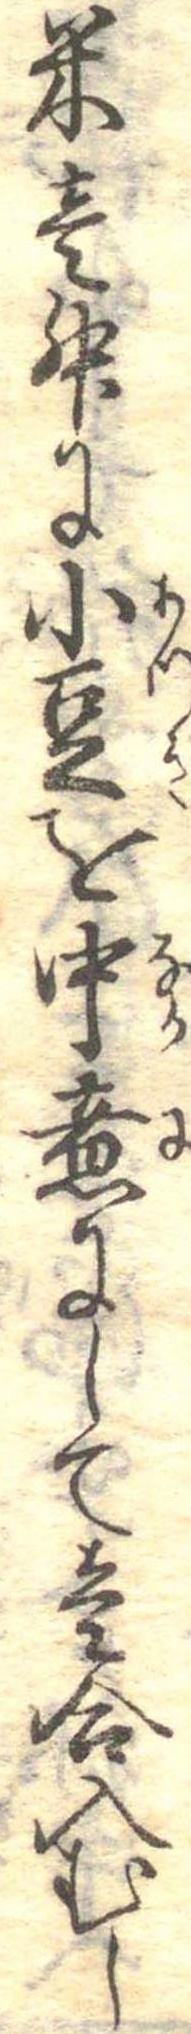
米壱升に小豆を中煮にして壱合入むし